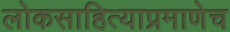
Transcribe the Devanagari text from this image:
लोकसाहित्याप्रमाणेच